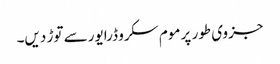
جزوی طور پر موم سکرو ڈرایور سے توڑ دیں۔